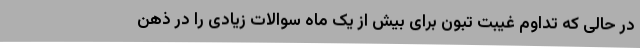
در حالی که تداوم غیبت تبون برای بیش از یک ماه سوالات زیادی را در ذهن